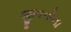
જીવનોના